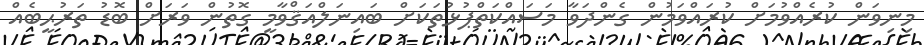
މިނިވަން ކުރެއްވުމަށް ކުރައްވަމުން ގެންދަވާ މަސައްކަތްޕުޅުތަކަށް ބައިނަލްއަޤްވާމީ ގޮތުން ވަރަށް ބޮޑު ތަރުޙީބެއް